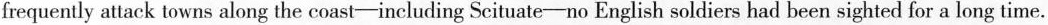
frequently attack towns along the coast---including Scituate-no English soldiers had been sighted for a long time.